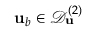
{ \mathbf { u } } _ { b } \in \mathcal { D } _ { \mathbf { u } } ^ { ( 2 ) }